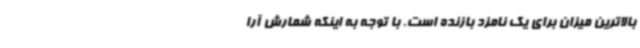
بالاترین میزان برای یک نامزد بازنده است. با توجه به اینکه شمارش آرا